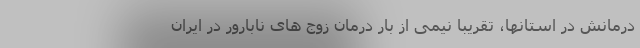
درمانش در استانها، تقریبا نیمی از بار درمان زوج های نابارور در ایران